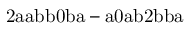
\mathrm { 2 a a b b 0 b a - a 0 a b 2 b b a }